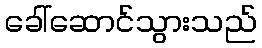
ခေါ်ဆောင်သွားသည်